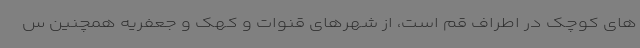
های کوچک در اطراف قم است، از شهرهای قنوات و کهک و جعفریه همچنین س